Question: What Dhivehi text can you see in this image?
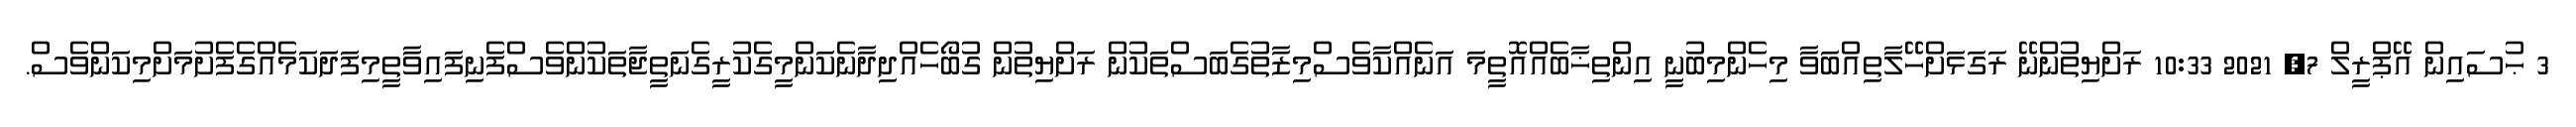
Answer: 3 ޙުސައިން އޭޕްރީލް 7, 2021 10:33 ރަށްޔިތުންނޭ ރަގަޅަށްހޭލާތިއްބަވާ މިހެންމިބުނީ އިންތިޚާބެއްއޮތީމަ އަނެއްކާވެސްމިޒާތުގެބަސްތަކުން ރަށްޔިތުން ގުބޯހެއްދިދާނެކަންމީގެކުރީގެނަތީޖާތަކުންވެސްފެނިފައިވާތީމިފަދަކަމެއްގެފެށުމަށްމިކަންވެސް.